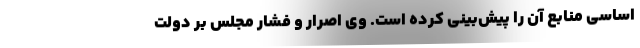
اساسی منابع آن را پیش‌بینی کرده است. وی اصرار و فشار مجلس بر دولت